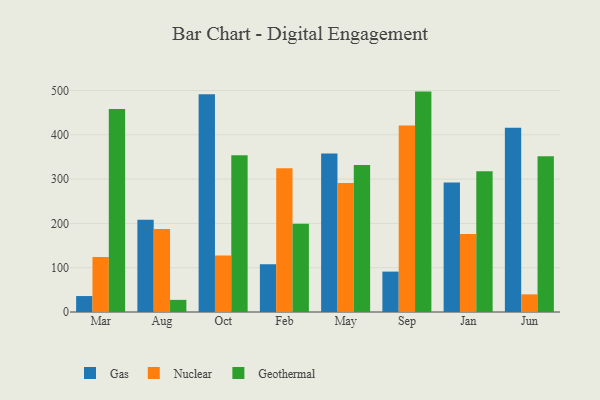
{"axis": {"x": "Month", "y": "Waste Production (Tons)"}, "legend": ["Gas", "Geothermal", "Nuclear"], "data": [{"x": "Mar", "y": 36.0, "type": "Gas"}, {"x": "Mar", "y": 124.3, "type": "Nuclear"}, {"x": "Mar", "y": 458.1, "type": "Geothermal"}, {"x": "Aug", "y": 208.2, "type": "Gas"}, {"x": "Aug", "y": 187.2, "type": "Nuclear"}, {"x": "Aug", "y": 27.4, "type": "Geothermal"}, {"x": "Oct", "y": 491.3, "type": "Gas"}, {"x": "Oct", "y": 127.4, "type": "Nuclear"}, {"x": "Oct", "y": 353.6, "type": "Geothermal"}, {"x": "Feb", "y": 107.8, "type": "Gas"}, {"x": "Feb", "y": 324.4, "type": "Nuclear"}, {"x": "Feb", "y": 199.0, "type": "Geothermal"}, {"x": "May", "y": 357.8, "type": "Gas"}, {"x": "May", "y": 291.1, "type": "Nuclear"}, {"x": "May", "y": 331.6, "type": "Geothermal"}, {"x": "Sep", "y": 91.2, "type": "Gas"}, {"x": "Sep", "y": 420.8, "type": "Nuclear"}, {"x": "Sep", "y": 497.5, "type": "Geothermal"}, {"x": "Jan", "y": 292.4, "type": "Gas"}, {"x": "Jan", "y": 175.9, "type": "Nuclear"}, {"x": "Jan", "y": 317.8, "type": "Geothermal"}, {"x": "Jun", "y": 416.1, "type": "Gas"}, {"x": "Jun", "y": 39.8, "type": "Nuclear"}, {"x": "Jun", "y": 351.4, "type": "Geothermal"}]}